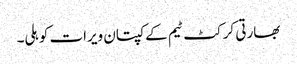
بھارتی کرکٹ ٹیم کےکپتان ویرات کوہلی۔